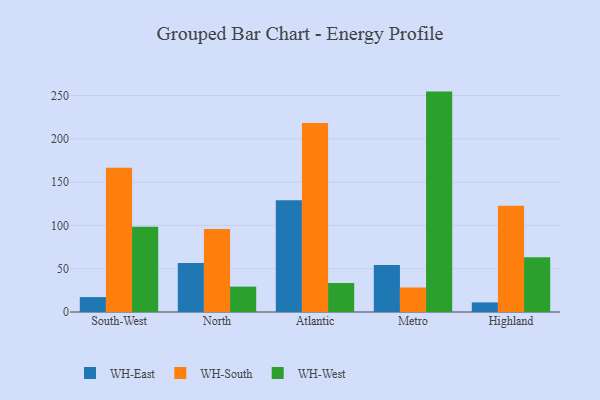
{"axis": {"x": "Region", "y": "Website Visitors"}, "legend": ["WH-East", "WH-South", "WH-West"], "data": [{"x": "South-West", "y": 17.2, "type": "WH-East"}, {"x": "South-West", "y": 166.7, "type": "WH-South"}, {"x": "South-West", "y": 98.3, "type": "WH-West"}, {"x": "North", "y": 56.7, "type": "WH-East"}, {"x": "North", "y": 95.7, "type": "WH-South"}, {"x": "North", "y": 29.3, "type": "WH-West"}, {"x": "Atlantic", "y": 129.1, "type": "WH-East"}, {"x": "Atlantic", "y": 218.2, "type": "WH-South"}, {"x": "Atlantic", "y": 33.5, "type": "WH-West"}, {"x": "Metro", "y": 54.4, "type": "WH-East"}, {"x": "Metro", "y": 28.3, "type": "WH-South"}, {"x": "Metro", "y": 254.5, "type": "WH-West"}, {"x": "Highland", "y": 11.1, "type": "WH-East"}, {"x": "Highland", "y": 122.6, "type": "WH-South"}, {"x": "Highland", "y": 63.2, "type": "WH-West"}]}